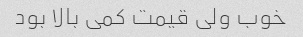
خوب ولی قیمت کمی بالا بود